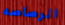
الرصاصه